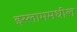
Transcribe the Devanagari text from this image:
इस्लाममधील